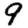
Digit: 9